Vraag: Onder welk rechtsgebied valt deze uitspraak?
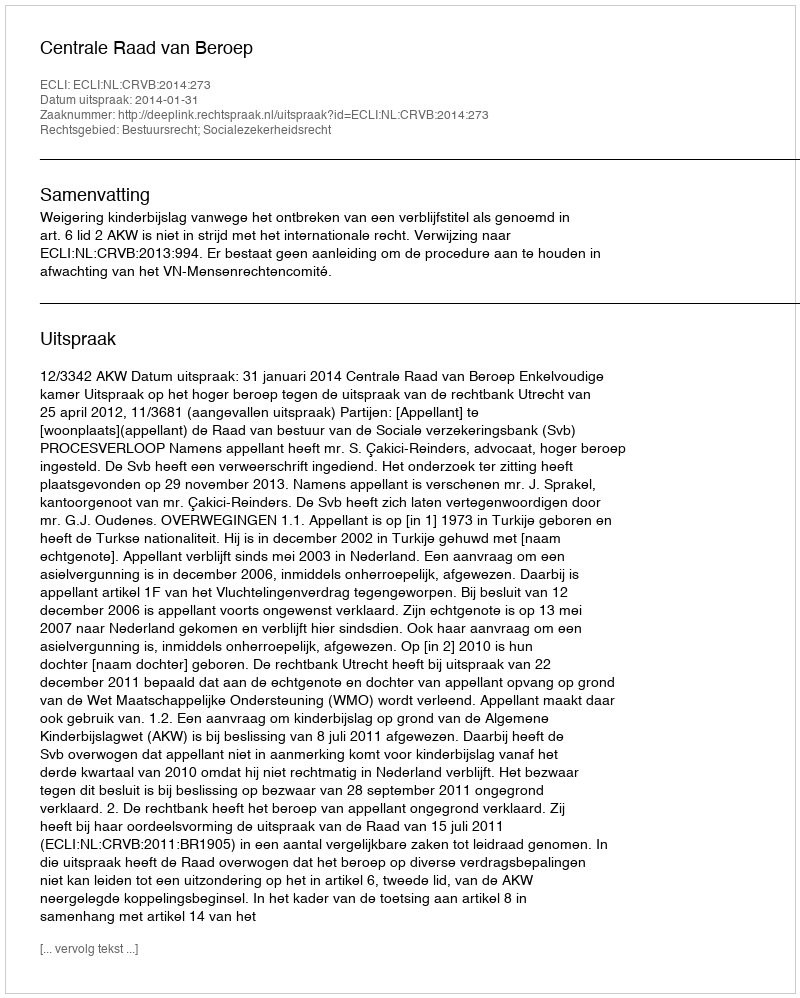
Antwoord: Bestuursrecht; Socialezekerheidsrecht